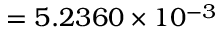
= 5 . 2 3 6 0 \times 1 0 ^ { - 3 }